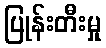
ပြုန်းတီးမှု